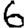
Digit: 6